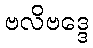
ဗလိဗဒ္ဒေ